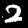
Label: 2